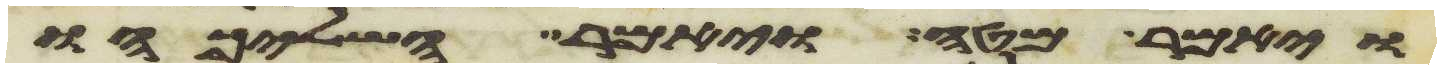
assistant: ויאמר מטה ויאמר השליכהו